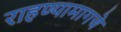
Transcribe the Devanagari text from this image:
राहण्यामागचे